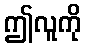
ဤလူကို